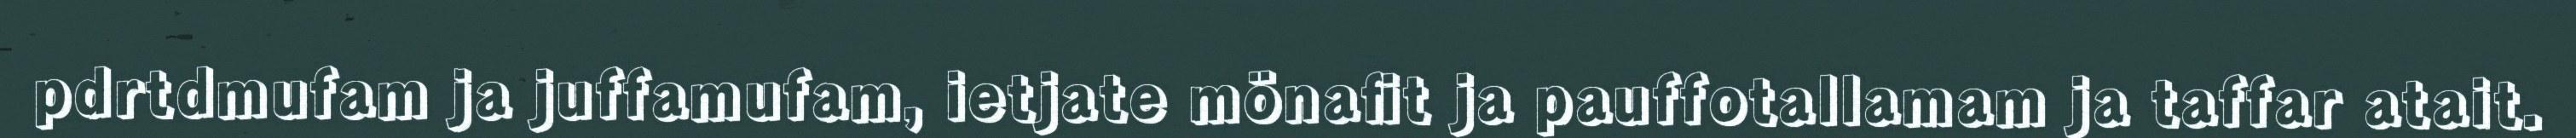
pdrtdmufam ja juffamufam, ietjate mönafit ja pauffotallamam ja taffar atait.